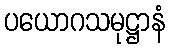
ပယောဂသမုဋ္ဌာနံ